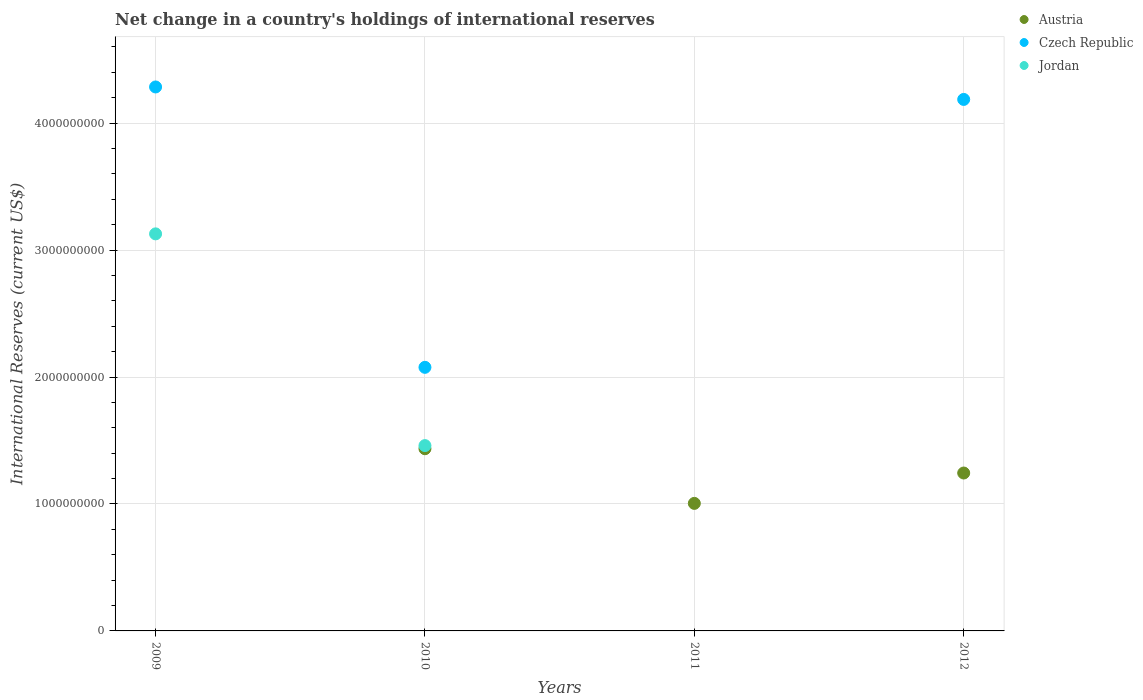
| Years | Austria | Czech Republic | Jordan |
 | --- | --- | --- | --- |
 | 2009 | -1.05e+09 | 4.28e+09 | 3.13e+09 |
 | 2010 | 1.44e+09 | 2.08e+09 | 1.46e+09 |
 | 2011 | 1e+09 | -1e+09 | -1.65e+09 |
 | 2012 | 1.24e+09 | 4.19e+09 | -3.65e+09 |